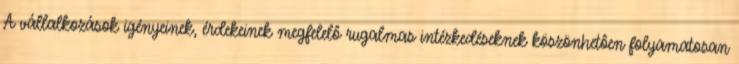
A vállalkozások igényeinek, érdekeinek megfelelô rugalmas intézkedéseknek köszönhetôen folyamatosan